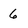
Character: 6